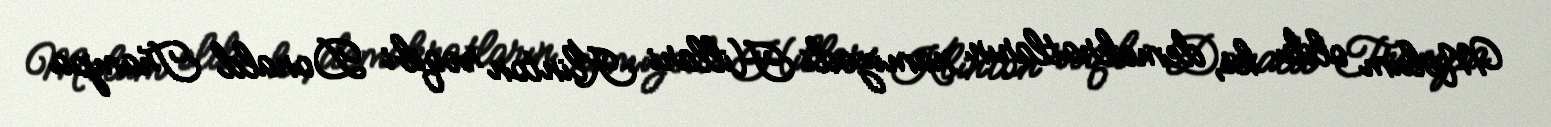
Məlum oldu ki, demokratların namizədi Hillari Klinton rəqibi Donald Trampa